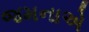
જમનાએ